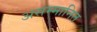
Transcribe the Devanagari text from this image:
असम्मानित